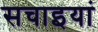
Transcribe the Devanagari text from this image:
सचाइयां